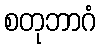
စတုဘာဂံ